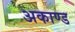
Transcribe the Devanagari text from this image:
अकाण्ड